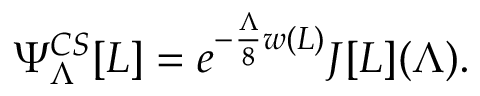
\Psi _ { \Lambda } ^ { C S } [ L ] = e ^ { - { \frac { \Lambda } { 8 } } w ( L ) } J [ L ] ( \Lambda ) .